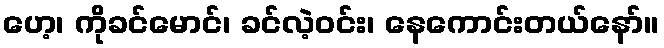
ဟေ့၊ ကိုခင်မောင်၊ ခင်လဲ့ဝင်း၊ နေကောင်းတယ်နော်။